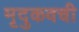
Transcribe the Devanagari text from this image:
मृदुकवची